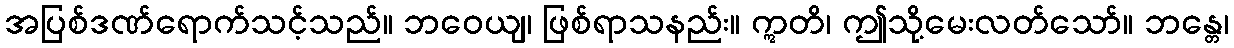
အပြစ်ဒဏ်ရောက်သင့်သည်။ ဘဝေယျ၊ ဖြစ်ရာသနည်း။ ဣတိ၊ ဤသို့မေးလတ်သော်။ ဘန္တေ၊